Scottish Leaving Certificate Examination, 1960
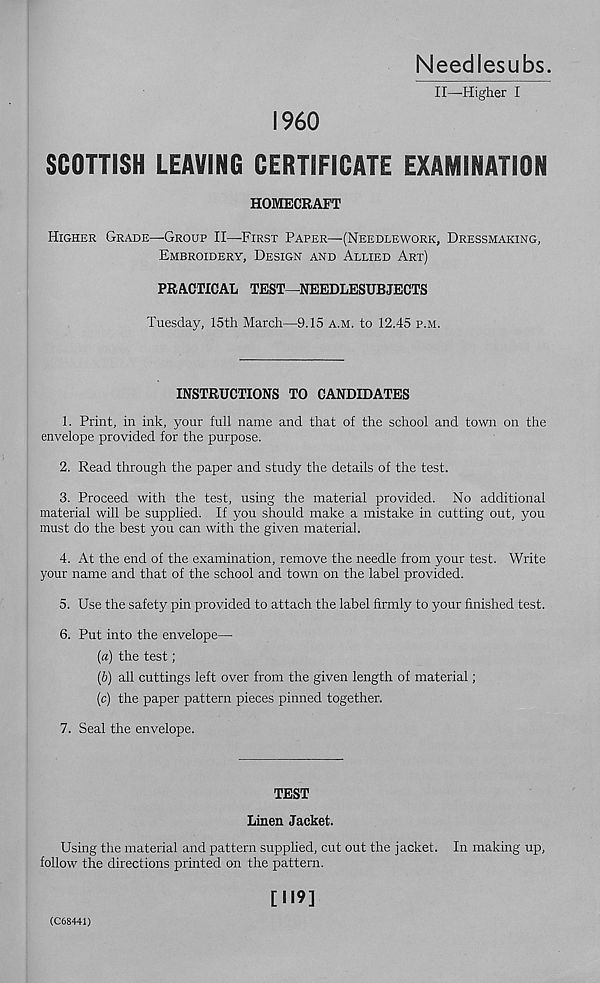
Needlesubs.
II—Higher I
I960
SCOTTISH LEAVING CERTIFICATE EXAMINATION
HOMECRAFT
Higher Grade—Group II—First Paper—(Needlework, Dressmaking,
Embroidery, Design and Allied Art)
PRACTICAL TEST—NEEDLESUBJECTS
Tuesday, 15th March—9.15 a.m. to 12.45 p.m.
INSTRUCTIONS TO CANDIDATES
1. Print, in ink, your full name and that of the school and town on the
envelope provided for the purpose.
2. Read through the paper and study the details of the test.
3. Proceed with the test, using the material provided. No additional
material will be supplied. If you should make a mistake in cutting out, you
must do the best you can with the given material.
4. At the end of the examination, remove the needle from your test. Write
your name and that of the school and town on the label provided.
5. Use the safety pin provided to attach the label firmly to your finished test.
6. Put into the envelope—
(а) the test;
(б) all cuttings left over from the given length of material;
(c) the paper pattern pieces pinned together.
7. Seal the envelope.
TEST
Linen Jacket.
Using the material and pattern supplied, cut out the jacket. In making up,
follow the directions printed on the pattern.
[M9]
(C68441)